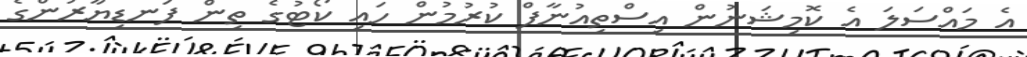
އެ މައްސަލަ އެ ކޮމިޝަނުން އިސްތިއުނާފް ކުރުމުން ހައި ކޯޓުގެ ތިން ފަނޑިޔާރުންގެ